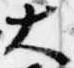
大